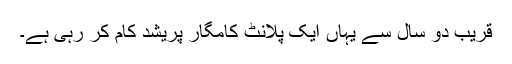
قریب دو سال سے یہاں ایک پلانٹ کامگار پریشد کام کر رہی ہے۔